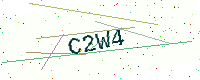
Text: C2W4